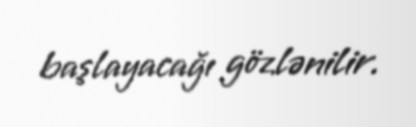
başlayacağı gözlənilir.